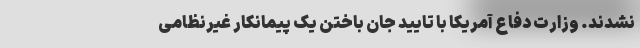
نشدند. وزارت دفاع آمریکا با تایید جان باختن یک پیمانکار غیرنظامی